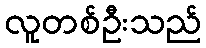
လူတစ်ဦးသည်